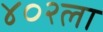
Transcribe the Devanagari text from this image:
४०२ला